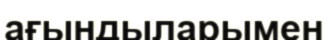
ағындыларымен